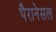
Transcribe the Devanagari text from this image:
पैरानेसल